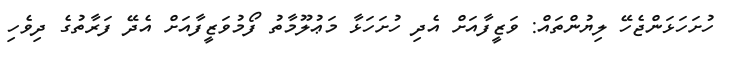
ހުށަހަޅަންޖެހޭ ލިޔުންތައް: ވަޒީފާއަށް އެދި ހުށަހަޅާ މަޢުލޫމާތު ފޯމުވަޒީފާއަށް އެދޭ ފަރާތުގެ ދިވެހި